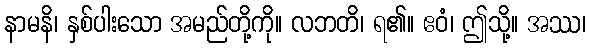
နာမနိ၊ နှစ်ပါးသော အမည်တို့ကို။ လဘတိ၊ ရ၏။ ဧဝံ၊ ဤသို့။ အဿ၊